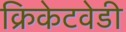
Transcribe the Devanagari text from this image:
क्रिकेटवेडी